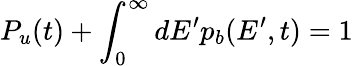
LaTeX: P_{u}(t)+\int_{0}^{\infty}dE^{\prime}p_{b}(E^{\prime},t)=1